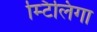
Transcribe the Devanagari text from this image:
म्टिलिगा